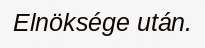
Elnöksége után.